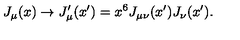
J _ { \mu } ( x ) \rightarrow J _ { \mu } ^ { \prime } ( x ^ { \prime } ) = x ^ { 6 } J _ { \mu \nu } ( x ^ { \prime } ) J _ { \nu } ( x ^ { \prime } ) .